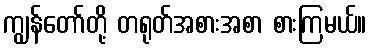
ကျွန်တော်တို့ တရုတ်အစားအစာ စားကြမယ်။